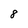
Character: 8